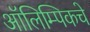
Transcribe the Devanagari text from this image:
आॅलिम्पिकचे